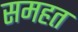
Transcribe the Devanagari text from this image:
समहत